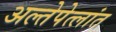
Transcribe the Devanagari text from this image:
अल्तेपेत्लांत